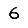
Digit: 6